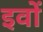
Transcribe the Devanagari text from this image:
इवों